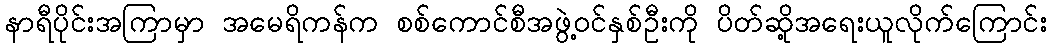
နာရီပိုင်းအကြာမှာ အမေရိကန်က စစ်ကောင်စီအဖွဲ့ဝင်နှစ်ဦးကို ပိတ်ဆို့အရေးယူလိုက်ကြောင်း